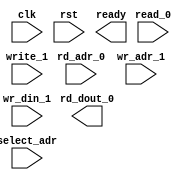
module atom_1r1w (
  clk, rst, ready, 
  select_adr,
  read_0, rd_adr_0, rd_dout_0,
  write_1, wr_adr_1, wr_din_1
);

parameter NUMADDR = 8;
parameter BITADDR = 3;
parameter BITDATA = 1;
parameter SRAM_DELAY = 0;

//Reset init logic.
parameter RSTINIT = 0; 
parameter RSTSTRT = 0;
parameter RSTINCR = 0;

//Used only for formal. 
parameter FORMAL_FULL = 0;

input                 clk;
input                 rst;
output                ready;
input                 read_0;
input  [BITADDR-1:0]  rd_adr_0;
output [BITDATA-1:0]  rd_dout_0;
input                 write_1;
input  [BITADDR-1:0]  wr_adr_1;
input  [BITDATA-1:0]  wr_din_1;
input  [BITADDR-1:0]  select_adr;

`ifdef FORMAL
assign ready = !rst;

wire [BITDATA-1:0] fake_0;
wire               read_0_del;
wire [BITADDR-1:0] rd_adr_0_del;
shift #(.BITDATA(1+BITADDR), .DELAY(SRAM_DELAY)) delay_0(.clk(clk), .din({read_0,rd_adr_0}), .dout({read_0_del,rd_adr_0_del}));

generate if(FORMAL_FULL) begin : full_formal
  reg [BITDATA-1:0] mem [0:NUMADDR-1];
  always @(posedge clk)
    if (rst)
      for (integer i=0; i<NUMADDR; i++)
        mem[i] <= RSTINIT ? RSTSTRT + i*RSTINCR : 'hx;
    else 
      if (write_1)
        mem[wr_adr_1] <= wr_din_1;

  assign rd_dout_0 = read_0_del ? mem[rd_adr_0_del] : fake_0;
end
else begin : select_formal
  reg [BITDATA-1:0] mem;
  always @(posedge clk)
    if (rst)
      mem <= RSTINIT ? RSTSTRT : 'hx;
    else 
      if (write_1 && (wr_adr_1==select_adr))
        mem <= wr_din_1;

  assign rd_dout_0 = (read_0_del && (rd_adr_0_del==select_adr)) ? mem : fake_0;
end
endgenerate

`endif

endmodule